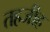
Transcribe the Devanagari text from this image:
तहजीह